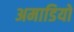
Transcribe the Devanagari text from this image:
अमाडियो